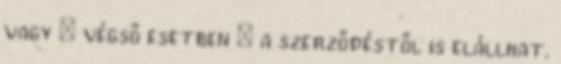
vagy – végső esetben – a szerződéstől is elállhat.